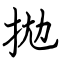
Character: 拋